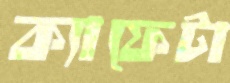
ক্যাফেটা